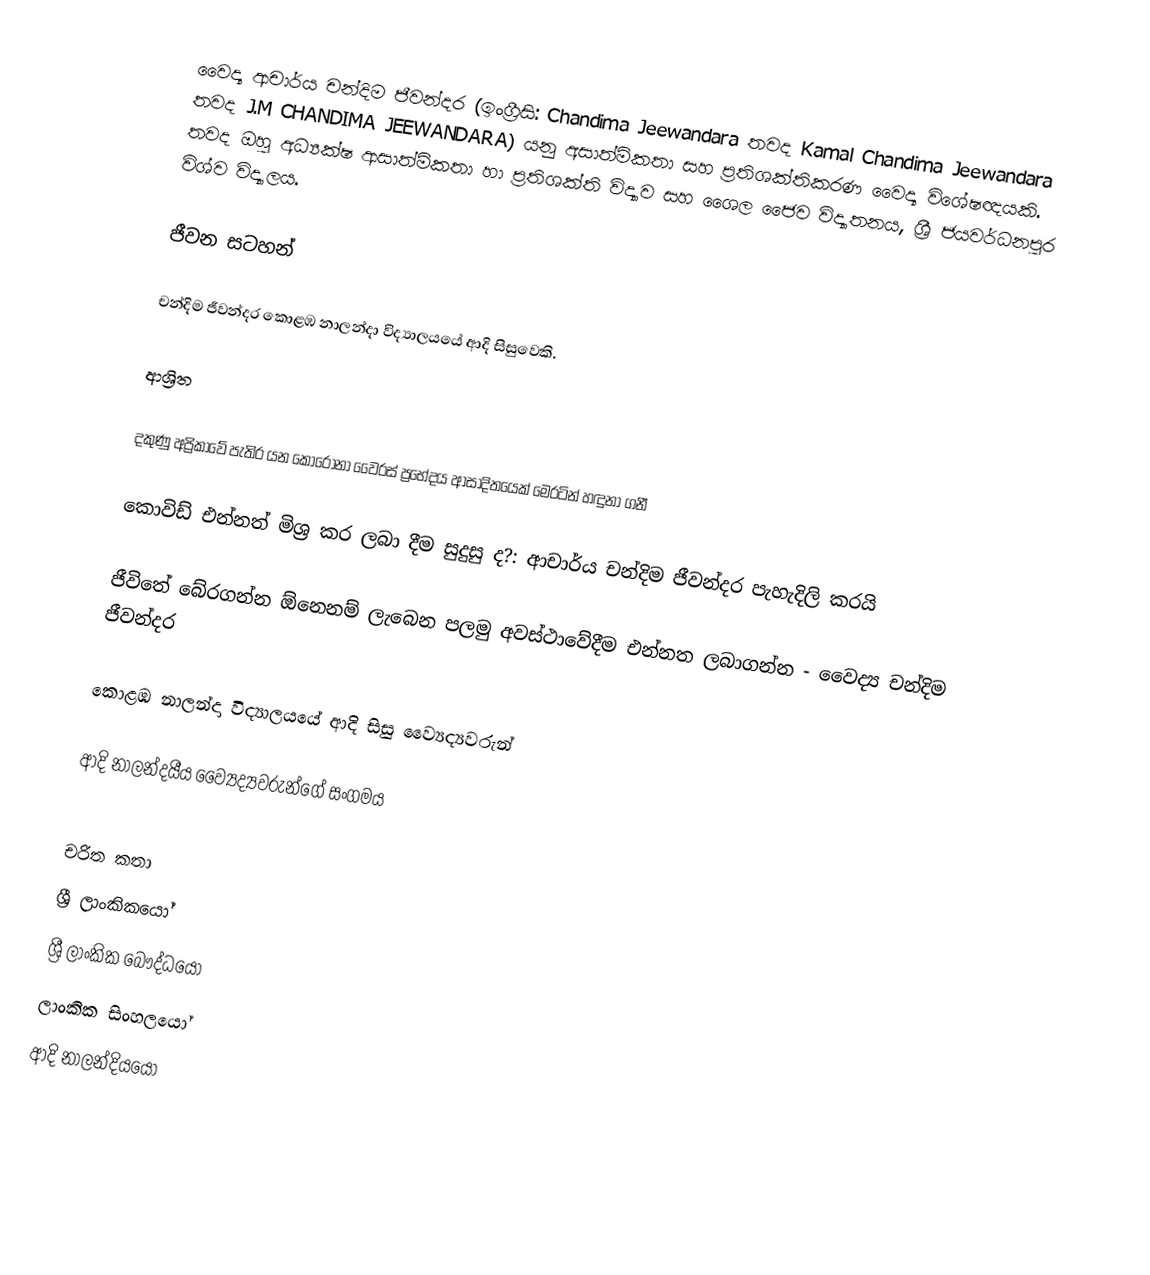
වෛද්‍ය ආචාර්ය චන්දිම ජීවන්දර  (ඉංග්‍රීසි: Chandima Jeewandara තවද Kamal Chandima Jeewandara තවද J.M CHANDIMA JEEWANDARA) යනු අසාත්මිකතා සහ ප්‍රතිශක්තිකරණ වෛද්‍ය විශේෂඥයකි. තවද ඔහු අධ්‍යක්ෂ ආසාත්මිකතා හා ප්‍රතිශක්ති විද්‍යාව සහ ශෛල ජෛව විද්‍යාතනය, ශ්‍රී ජයවර්ධනපුර විශ්ව විද්‍යාලය.

ජීවන සටහන්

චන්දිම ජීවන්දර  කොළඹ නාලන්දා විද්‍යාලයයේ ආදි සිසුවෙකි.

ආශ්‍රිත

 දකුණු අප්‍රිකාවේ පැතිර යන කොරෝනා වෛරස් ප්‍රභේදය ආසාදිතයෙක් මෙරටින් හඳුනා ගනී

 කොවිඩ් එන්නත් මිශ්‍ර කර ලබා දීම සුදුසු ද?: ආචාර්ය චන්දිම ජීවන්දර පැහැදිලි කරයි

 ජීවිතේ බේරගන්න ඕනෙනම් ලැබෙන පලමු අවස්ථාවේදීම එන්නත ලබාගන්න - වෛද්‍ය චන්දිම ජීවන්දර

 කොළඹ නාලන්දා විද්‍යාලයයේ ආදි සිසු ව්‍යෛද්‍යවරුන්

 ආදි නාලන්දයීය ව්‍යෛද්‍යවරුන්ගේ සංගමය

චරිත කතා
ශ්‍රී ලාංකිකයෝ
ශ්‍රී ලාංකික බෞද්ධයෝ
ලාංකික සිංහලයෝ
ආදි නාලන්දියයෝ